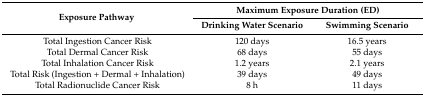
| <ROWSPAN=2> Exposure Pathway | <COLSPAN=2> Maximum Exposure Duration (ED) |
 | Drinking Water Scenario | Swimming Scenario |
 | --- | --- | --- |
 | Total Ingestion Cancer Risk | 120 days | 16.5 years |
 | Total Dermal Cancer Risk | 68 days | 55 days |
 | Total Inhalation Cancer Risk | 1.2 years | 2.1 years |
 | Total Risk (Ingestion + Dermal + Inhalation) | 39 days | 49 days |
 | Total Radionuclide Cancer Risk | 8 h | 11 days |